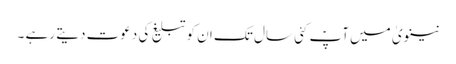
نینویٰ میں آپؑ کئی سال تک ان کو تبلیغ کی دعوت دیتے رہے ۔